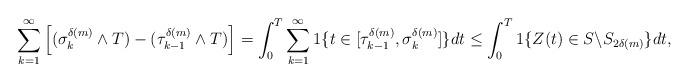
LaTeX: \begin{align*} \sum_{k=1}^{\infty} \left[ (\sigma_k^{\delta(m)} \wedge T) - (\tau_{k-1}^{\delta(m)} \wedge T) \right]=\int_0^T \sum_{k=1}^{\infty} 1\{t \in [\tau_{k-1}^{\delta(m)},\sigma_{k}^{\delta(m)} ]\} dt \leq \int_0^T 1\{Z(t) \in S \backslash S_{2 \delta (m)}\}dt, \end{align*}